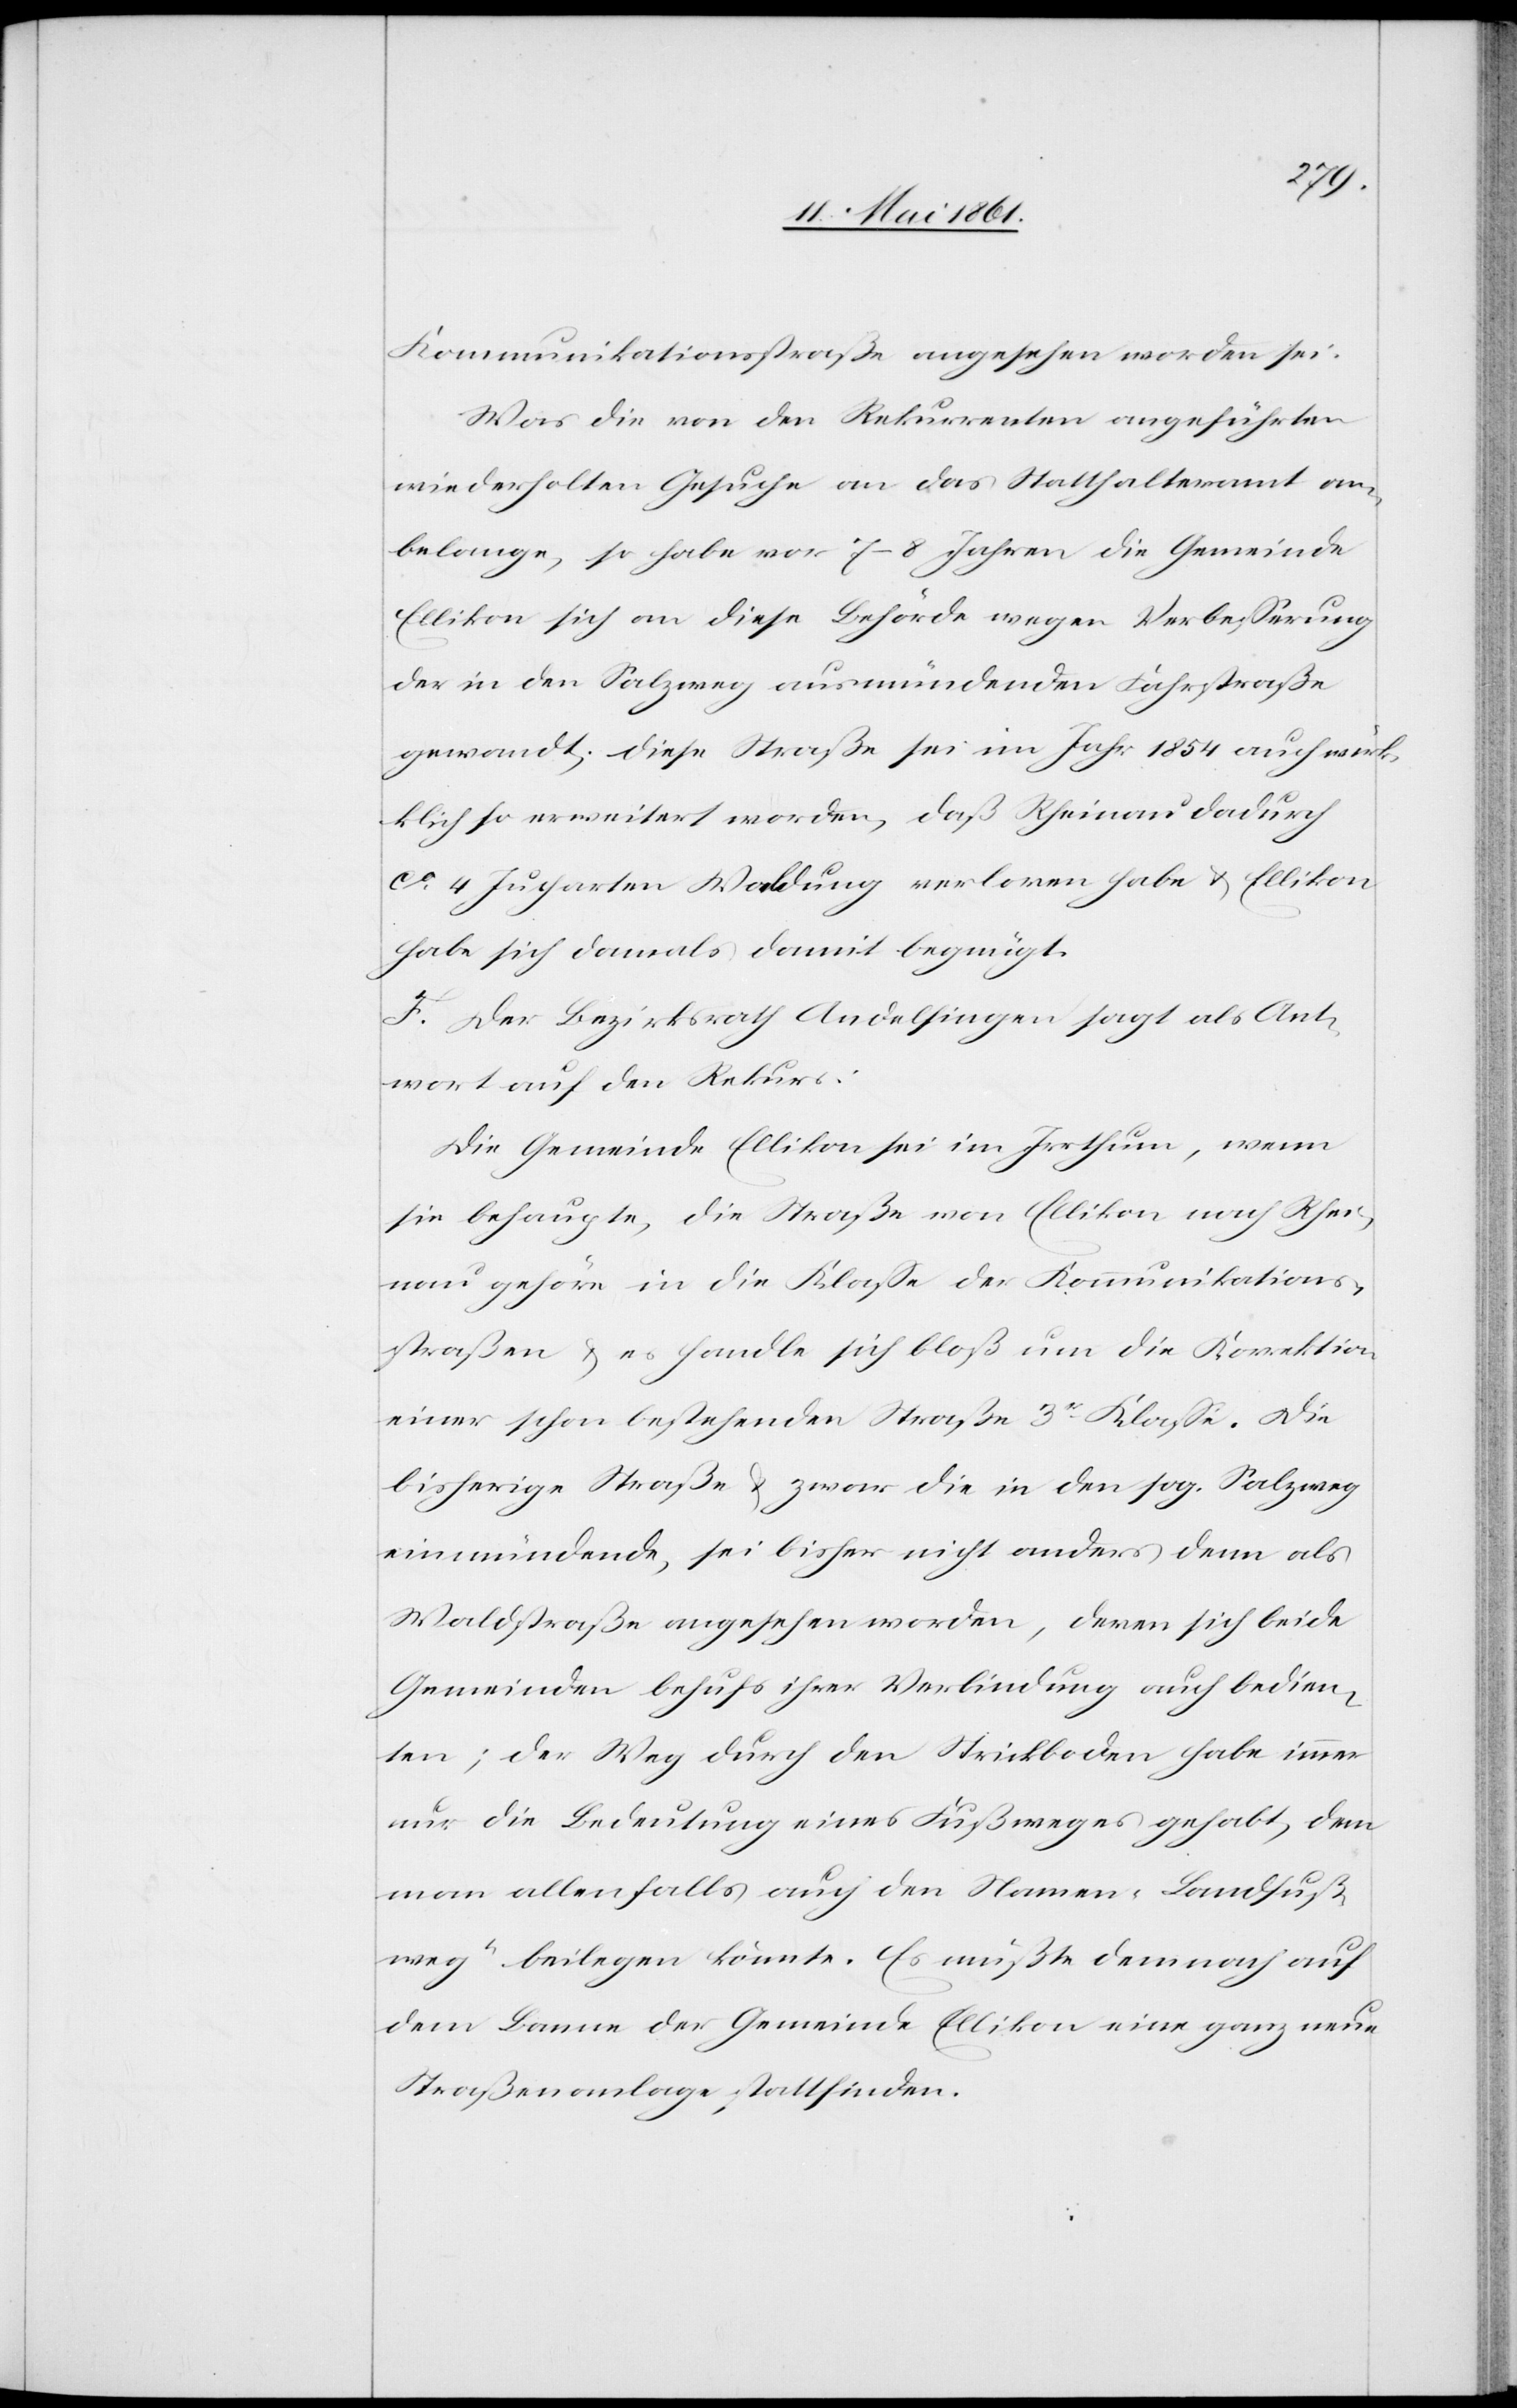
Kommunikationsstraße angesehen worden sei.
Was die von den Rekurrenten angeführten
wiederholten Gesuche an das Statthalteramt an¬
belange, so habe vor 7–8 Jahren die Gemeinde
Ellikon sich an diese Behörde wegen Verbesserung
der in den Salzweg ausmündenden Fahrstraße
gewandt; diese Straße sei im Jahr 1854 auch wir¬
klich so erweitert worden, daß Rheinau dadurch
ca 4 Jucharten Waldung verloren habe u. Ellikon
habe sich damals damit begnügt.
F. Der Bezirksrath Andelfingen sagt als Ant¬
wort auf den Rekurs:
Die Gemeinde Ellikon sei im Irrthum, wenn
sie behaupte, die Straße von Ellikon nach Rhei¬
nau gehöre in die Klasse der Kommunikations¬
straßen u. es handle sich bloß um die Korrektion
einer schon bestehenden Straße 3r Klasse. Die
bisherige Straße u. zwar die in den sog. Salzweg
einmündende, sei bisher nicht anders denn als
Waldstraße angesehen worden, deren sich beide
Gemeinden behufs ihrer Verbindung auch bedien¬
ten; der Weg durch den Strickboden habe immer
nur die Bedeutung eines Fußweges gehabt, dem
man allenfalls auch den Namen „Landfuß¬
weg“ beilegen könnte. Es müßte demnach auf
dem Banne der Gemeinde Ellikon eine ganz neue
Straßenanlage stattfinden.